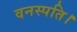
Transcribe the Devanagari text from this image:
वनस्पति।